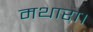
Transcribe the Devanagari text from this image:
मथारा।